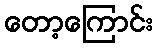
တော့ကြောင်း